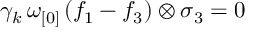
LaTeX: \gamma _ { k } \, \omega _ { [ 0 ] } \, ( f _ { 1 } - f _ { 3 } ) \otimes \sigma _ { 3 } = 0